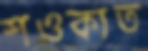
শওকাত